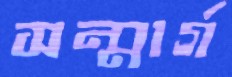
সন্মার্গ